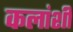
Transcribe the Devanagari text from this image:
कलांशी